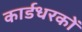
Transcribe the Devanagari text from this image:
कार्डधरकों